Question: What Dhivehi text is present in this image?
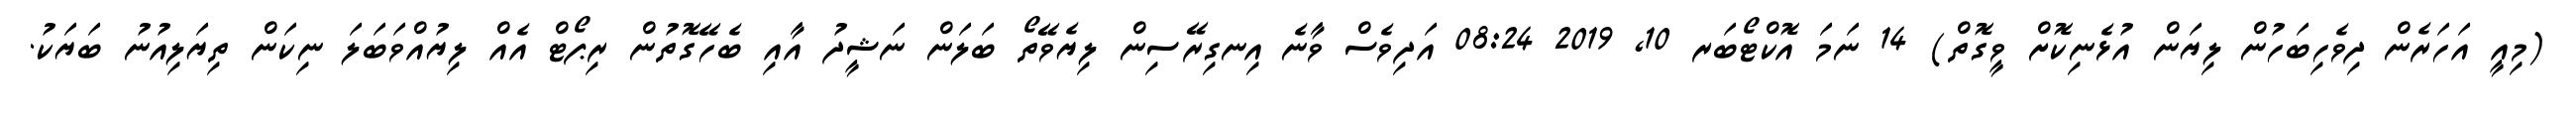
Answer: (މިއީ އަހަރެން ދިވެހިބަހުން ލިޔަން އުޅެނިކޮށް ވީގޮތް) 14 ނަމަ އޮކްޓޯބަރ 10, 2019 08:24 އަދިވެސް ވާނެ އިނގިރޭސިން ލިޔެވޭތޯ ބަލަން ނަޝީދު އާއި ބެހޭގޮތުން ރިޕޯޓް އެއް ލިޔުއްވަބަލަ ނިކަން ތިޔަލިއުނު ބަޔަކު.